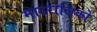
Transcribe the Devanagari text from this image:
माउरोलिको